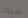
سيلك